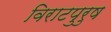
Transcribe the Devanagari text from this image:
विराटपुरुष